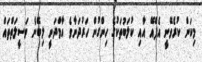
މިކަން ކުރެވޭނީ އެފްއޭ އާއި ކުލަބުތަކުގެ ހިންގުން ހަރުދަނާވެ އާމްދަނީ ލިބޭނެ ވަސީލަތްތައް